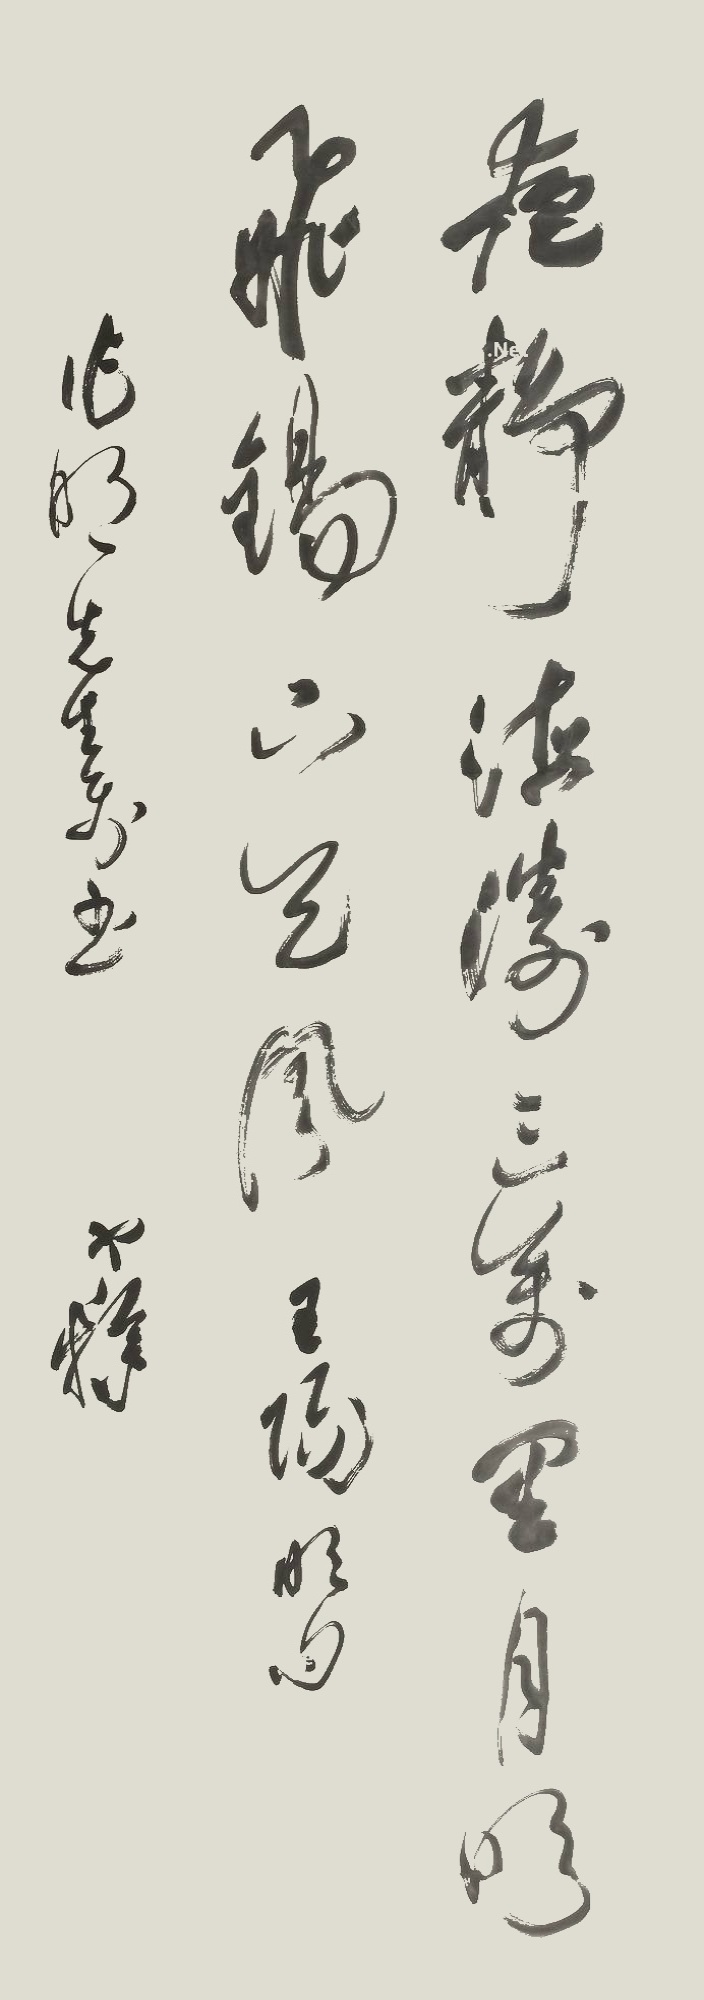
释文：夜静海涛三万里，月明飞锡下天风。王阳明句，作明先生寿书，寒操。